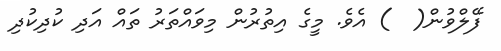
ފޭލްވުން(  ) އެވެ. މީގެ އިތުރުން މިވައްތަރު ތައް އަދި ކުދިކުދި